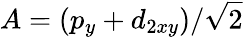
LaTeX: A=(p_{y}+d_{2xy})/\sqrt{2}